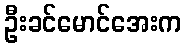
ဦးခင်မောင်အေးက